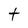
Character: t